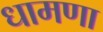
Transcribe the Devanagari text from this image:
धामणा